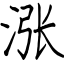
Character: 涨